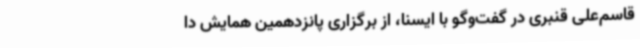
قاسم‌علی قنبری در گفت‌وگو با ایسنا، از برگزاری پانزدهمین همایش دا